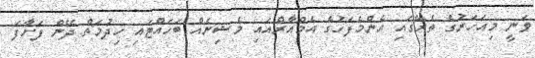
ވަނީ މިއަހަރުގެ ތެރޭގައި އެންމެފަހުގެ އެމްއާރްއައި މެޝިނެއް ބަހައްޓައި ހިދުމަތް ދޭން ފަށާފަ